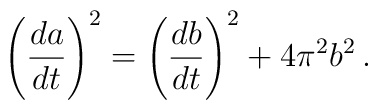
\left({da\over dt}\right)^2 = \left({db\over dt}\right)^2+4\pi^2 b^2 \, .